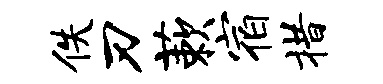
佚刃蔌宿措